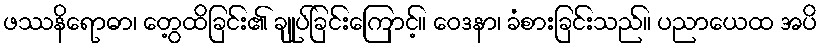
ဖဿနိရောဓာ၊ တွေ့ထိခြင်း၏ ချုပ်ခြင်းကြောင့်။ ဝေဒနာ၊ ခံစားခြင်းသည်။ ပညာယေထ အပိ